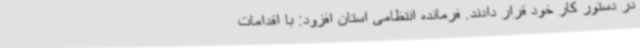
در دستور کار خود قرار دادند. فرمانده انتظامی استان افزود: با اقدامات